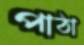
পাঠা